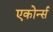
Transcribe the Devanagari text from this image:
एकोर्न्स